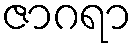
ဇာဂရာ